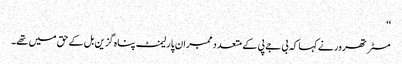
‘‘
مسٹر تھرور نے کہا کہ بی جے پی کے متعدد ممبران پارلیمنٹ پناہ گزین بل کے حق میں تھے۔